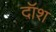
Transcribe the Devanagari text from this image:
दॉश